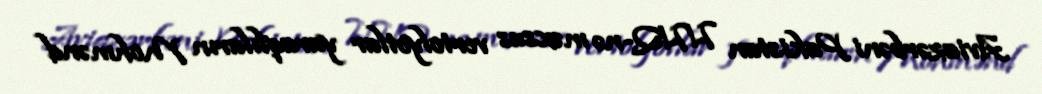
Aviazərbəni Pakistan HHQ-nə məxsus vertolyotlar yaraqlıların Mohmənd